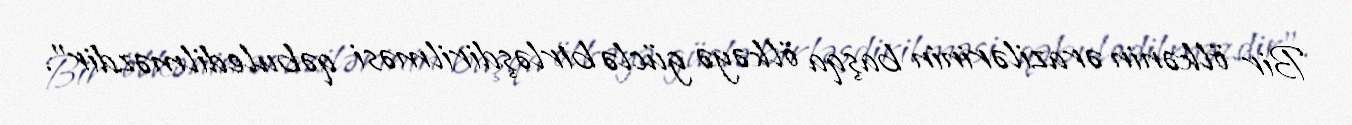
Bir ölkənin ərazilərinin başqa ölkəyə güclə birləşdirilməsi qəbuledilməzdir”.